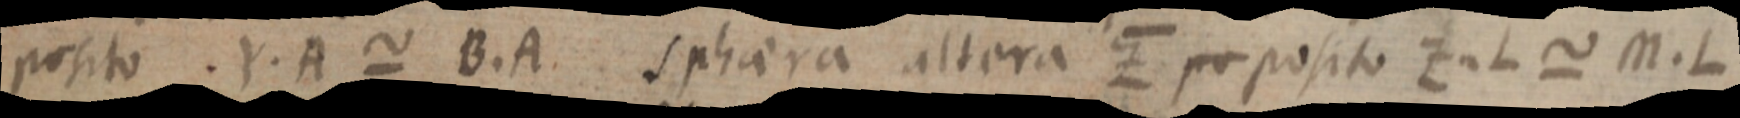
posito. Y. A ~ B. A. sphaera altera Z po posito Z. L ~ M. L